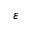
\varepsilon